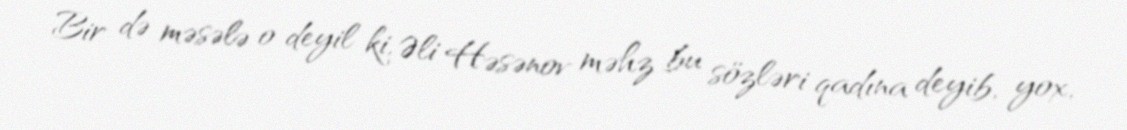
Bir də məsələ o deyil ki, Əli Həsənov məhz bu sözləri qadına deyib, yox,